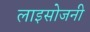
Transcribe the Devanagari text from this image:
लाइसोजनी